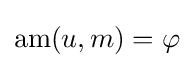
\operatorname {am} (u,m)=\varphi